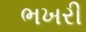
ભખરી